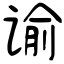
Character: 谕